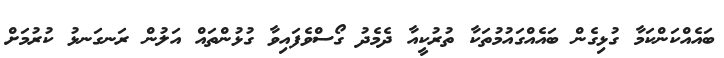
ބައެއްކަންކަމާ ގުޅިގެން ބައެއްގައުމުތަކާ ތުރުކީއާ ދެމެދު ގޯސްވެފައިވާ ގުޅުންތައް އަލުން ރަނގަނޅު ކުރުމަށް